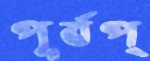
পূর্বপ্